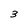
Character: 3